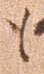
も